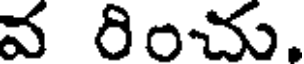
వ రించు.